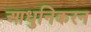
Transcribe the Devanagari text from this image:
आधुनिकरन